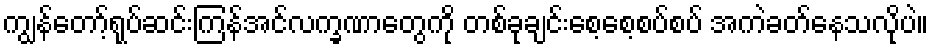
ကျွန်တော့်ရုပ်ဆင်းကြန်အင်လက္ခဏာတွေကို တစ်ခုချင်းစေ့စေ့စပ်စပ် အကဲခတ်နေသလိုပဲ။